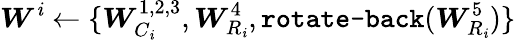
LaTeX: \boldsymbol{W}^{\mathit{i}}\leftarrow\{ \boldsymbol{W}_{C_{\mathit{i}}}^{1,2,3},\boldsymbol{W}_{R_{\mathit{i}}}^{4},\texttt{{rotate-back}}(\boldsymbol{W}_{R_{\mathit{i}}}^{5})\}